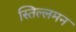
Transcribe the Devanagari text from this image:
स्तिल्लमन